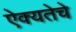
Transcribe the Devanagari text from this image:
ऐक्यतेचे